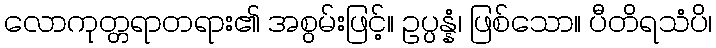
လောကုတ္တရာတရား၏ အစွမ်းဖြင့်။ ဥပ္ပန္နံ၊ ဖြစ်သော။ ပီတိရသံပိ၊